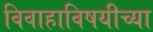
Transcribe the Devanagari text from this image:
विवाहाविषयीच्या